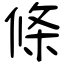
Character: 條